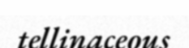
tellinaceous